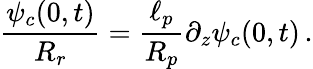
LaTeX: \frac{\psi_{c}(0,t)}{R_{r}}=\frac{\ell_{p}}{R_{p}}\partial_{z}\psi_{c}(0,t)\, .